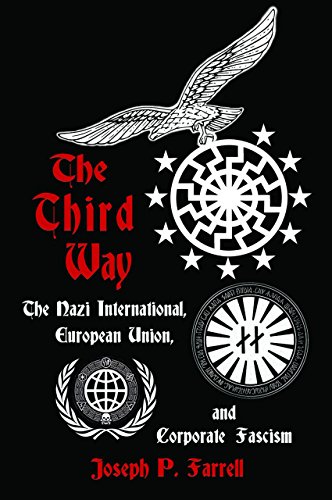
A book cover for The Third Way: The Nazi International, European Union, and Corporate Fascism; Joseph P. Farrell; History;